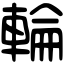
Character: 輪